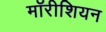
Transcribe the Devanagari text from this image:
मॉरीशियन